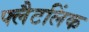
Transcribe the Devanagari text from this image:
फ्लैटलिंक